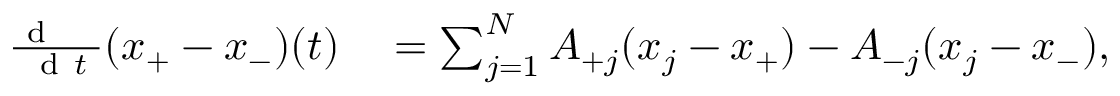
\begin{array} { r l } { \frac { \mathrm { ~ d ~ \, ~ \, ~ } } { \mathrm { ~ d ~ } t } ( x _ { + } - x _ { - } ) ( t ) } & { { } = \sum _ { j = 1 } ^ { N } A _ { + j } ( x _ { j } - x _ { + } ) - A _ { - j } ( x _ { j } - x _ { - } ) , } \end{array}